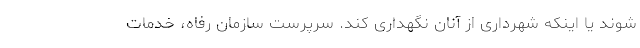
شوند یا اینکه شهرداری از آنان نگهداری کند. سرپرست سازمان رفاه، خدمات